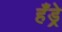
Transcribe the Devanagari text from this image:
हँड्रे